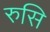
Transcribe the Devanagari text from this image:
रुसि